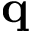
\mathbf { q }